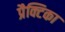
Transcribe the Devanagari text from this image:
प्रैक्टिका